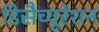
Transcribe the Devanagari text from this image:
डिसैच्यूरेशन